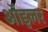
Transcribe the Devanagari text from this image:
ऑइलर